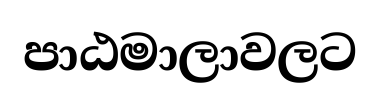
පාඨමාලාවලට